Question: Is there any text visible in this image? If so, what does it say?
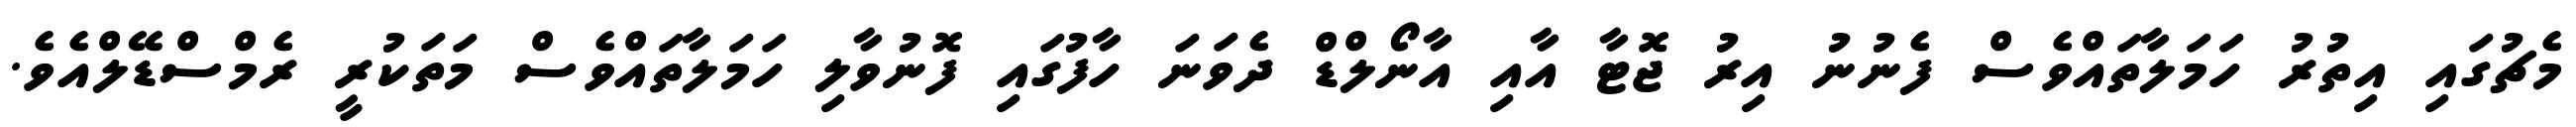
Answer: މެޗުގައި އިތުރު ހަމަލާތައްވެސް ފެނުނު އިރު ޖޮޓާ އާއި އާނޯލްޑް ދެވަނަ ހާފުގައި ފޮނުވާލި ހަމަލާތައްވެސް މަތަކުރީ ރެމްސްޑޭލްއެވެ.